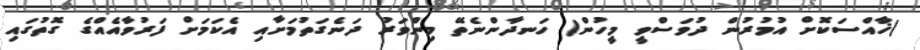
)ޚާއްސަކޮށް އުމުރުން ދުވަސްވީ މީހުން( ހަނދާންނެތޭ މިންވަރު ދަނެގަތުމަށާއި އެކަމަށް ފަރުވާއެއްގެ ގޮތުގައި